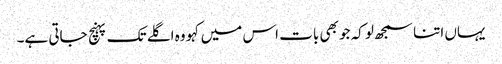
یہاں اتنا سمجھ لو کہ جو بھی بات اس میں کہو وہ اگلے تک پہنچ جاتی ہے۔